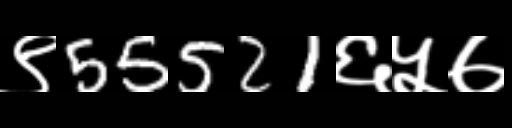
Text: ९55521६५७